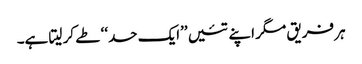
ہر فریق مگر اپنے تئیں ’’ایک حد‘‘ طے کر لیتا ہے۔